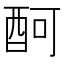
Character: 酠